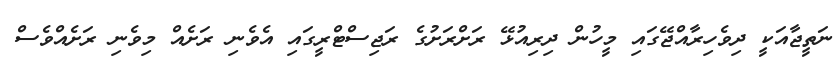
ނަތީޖާއަކީ ދިވެހިރާއްޖޭގައި މީހުން ދިރިއުޅޭ ރަށްރަށުގެ ރަޖިސްޓްރީގައި އެވެނި ރަށެއް މިވެނި ރަށެއްވެސް